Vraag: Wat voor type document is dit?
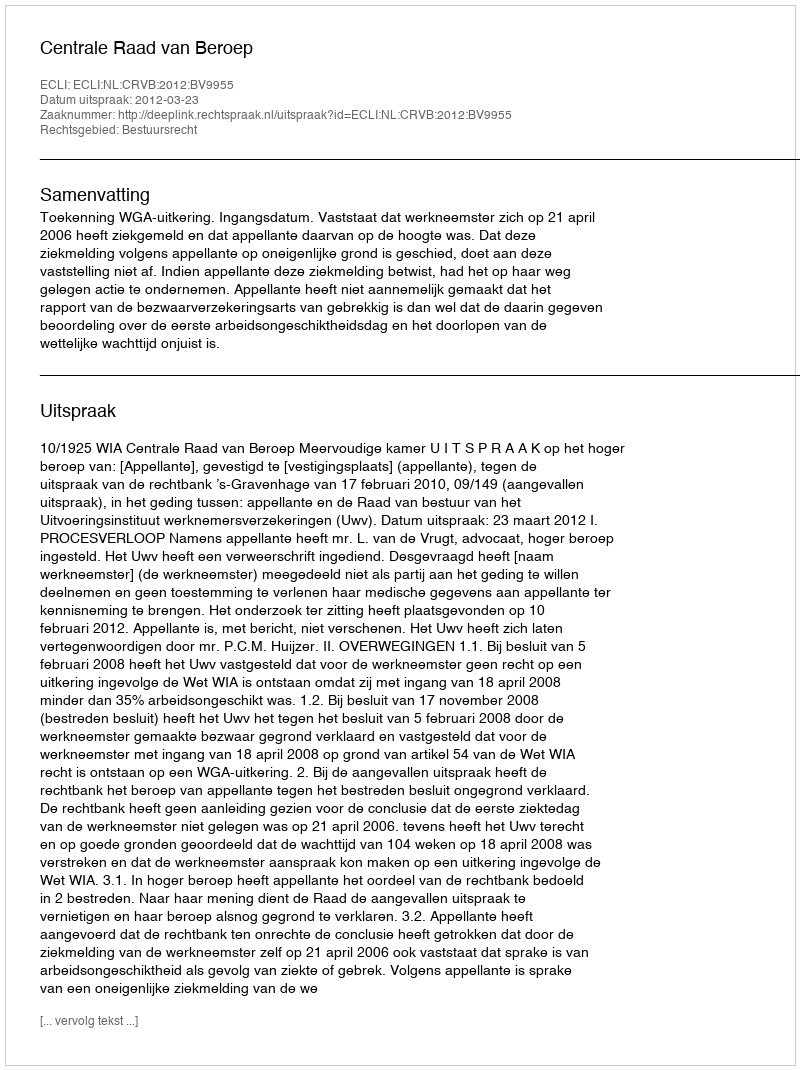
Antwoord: Uitspraak